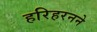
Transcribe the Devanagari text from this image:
हरिहरनने